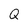
Character: Q